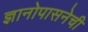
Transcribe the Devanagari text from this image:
ज्ञानोपासनेची